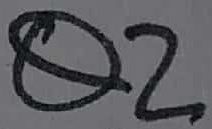
Text: Q2